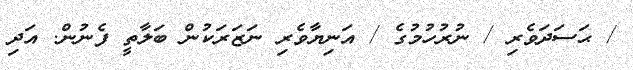
/ ޙަސަދަވެރި / ނުރުހުމުގެ / އަނިޔާވެރި ނަޒަރަކުން ބަލާތީ ފެނުން. އަދި